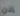
إذن